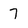
Character: 7